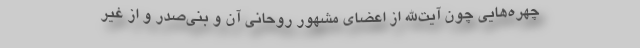
چهره‌هایی چون آیت‌الله از اعضای مشهور روحانی آن و بنی‌صدر و از غیر